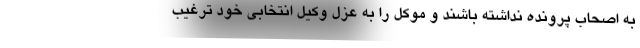
به اصحاب پرونده نداشته باشند و موكل را به عزل وكيل انتخابي خود ترغيب